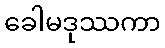
ခေါမဒုဿကာ